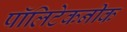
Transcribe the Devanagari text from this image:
पॉलिटेकनीक